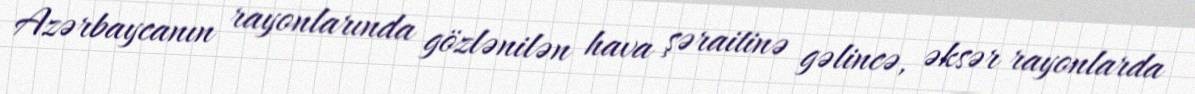
Azərbaycanın rayonlarında gözlənilən hava şəraitinə gəlincə, əksər rayonlarda